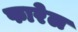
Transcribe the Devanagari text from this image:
फारेल